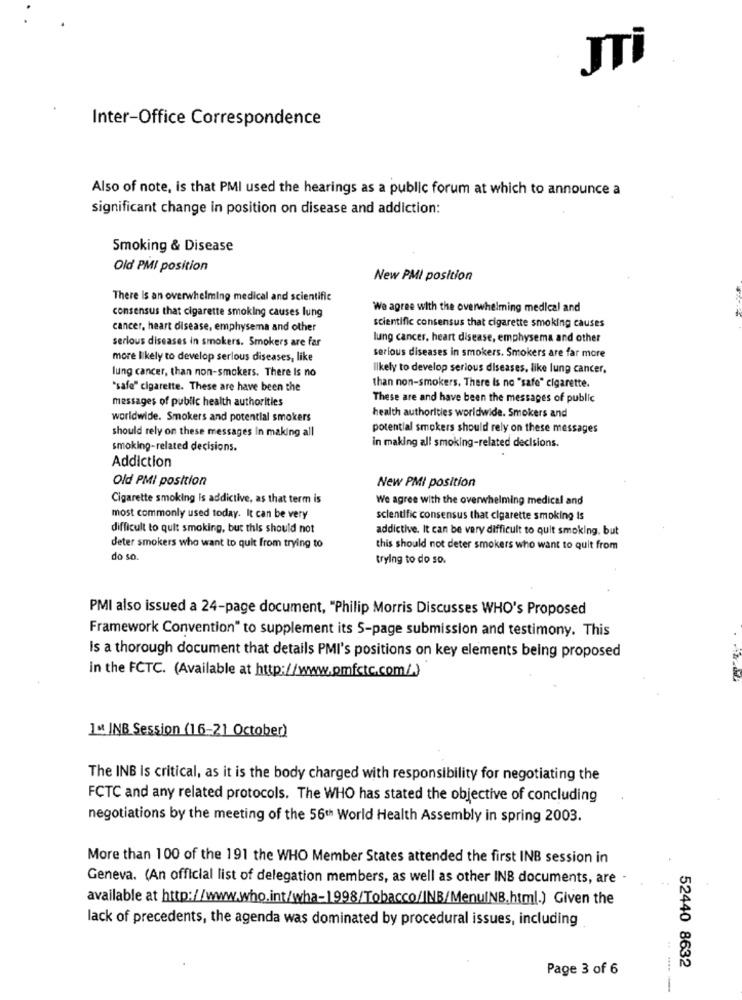
Inter-Office Correspondence
Also of note, is that PMI used the hearings as a public forum at which to announce a
significant change in position on disease and addiction:
Smoking & Disease
Old PMI position
New PMI position
There Is an overwhelming medical and scientific
consensus that cigarette smoking causes lung
We agree with the overwhelming medical and
cancer, heart disease, emphysema and other
scientific consensus that cigarette smoking causes
serious diseases in smokers. Smokers are far
lung cancer, heart disease, emphysema and other
more likely to develop serlous diseases, like
serious diseases in smokers. Smokers are far more
lung cancer, than non-smokers. There Is no
likely to develop serious diseases, like lung cancer,
"safe" cigarette. These are have been the
than non-smokers. There Is no "safe" cigarette.
messages of public health authorities
These are and have been the messages of public
worldwide. Smokers and potential smokers
health authorities worldwide. Smokers and
should rely on these messages In making all
potential smokers should rely on these messages
smoking-related decisions.
in making all smoking-related decisions.
Addiction
Old PMI position
New PMI position
Cigarette smoking is addictive, as that term is
We agree with the overwhelming medical and
most commonly used today. It can be very
scientific consensus that cigarette smoking is
difficult to quit smoking, but this should not
addictive. It can be very difficult to quit smoking, but
deter smokers who want to quit from trying to
this should not deter smokers who want to quit from
do so.
trying to do so.
PMI also issued a 24-page document, "Philip Morris Discusses WHO's Proposed
Framework Convention" to supplement its 5-page submission and testimony. This
Is a thorough document that details PMI's positions on key elements being proposed
in the FCTC. (Available at http://www.omfctc.com/.)
1st. INB Session (16-21 October)
The INB Is critical, as it is the body charged with responsibility for negotiating the
FCTC and any related protocols. The WHO has stated the objective of concluding
negotiations by the meeting of the 56th World Health Assembly in spring 2003.
More than 100 of the 191 the WHO Member States attended the first INB session in
Geneva. (An official list of delegation members, as well as other INB documents, are
available at http://www.who.int/wha-1998/Tobacco/INB/MenuINB.html.) Given the
lack of precedents, the agenda was dominated by procedural issues, including
Page 3 of 6
52440 8632
-